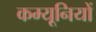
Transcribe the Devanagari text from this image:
कम्यूनियों